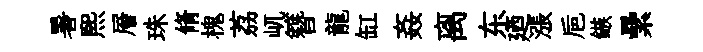
暑熙層珠脩槐荔屼簪龍缸姦离东廼漲巵鏃纍